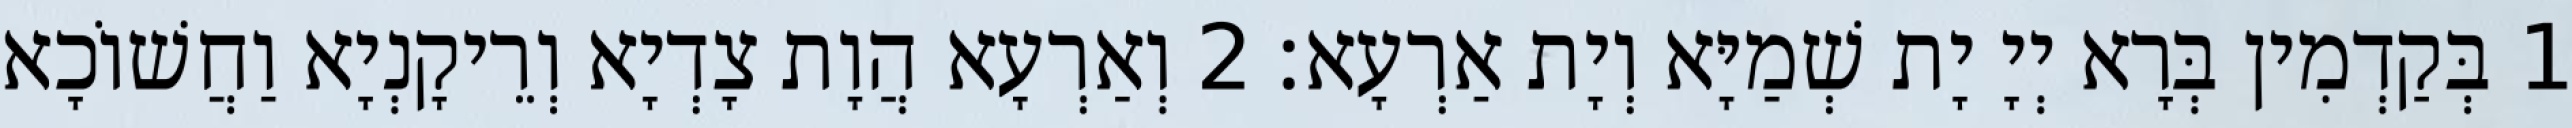
1 בְּקַדְמִין בְּרָא יְיָ יָת שְׁמַיָּא וְיָת אַרְעָא׃ 2 וְאַרְעָא הֲוָת צָדְיָא וְרֵיקָנְיָא וַחֲשׁוֹכָא